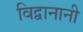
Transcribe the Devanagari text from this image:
विद्वानानी